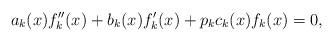
LaTeX: \begin{align*}a_k(x) f_k''(x) + b_k(x) f_k'(x) + p_k c_k(x) f_k(x) = 0,\end{align*}